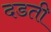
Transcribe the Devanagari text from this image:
दडती